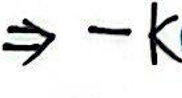
$\Rightarrow -k$